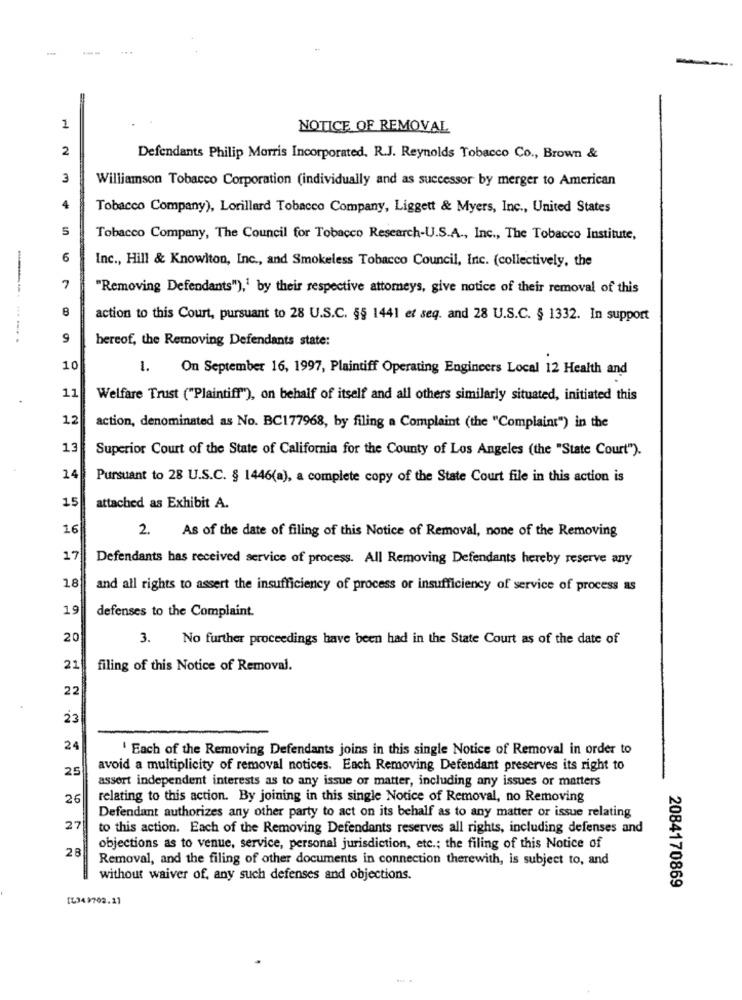
1
NOTICE OF REMOVAL
2
Defendants Philip Morris Incorporated. R.J. Reynolds Tobacco Co ., Brown &
3
Williamson Tobacco Corporation (individually and as successor by merger to American
4
Tobacco Company), Lorillard Tobacco Company, Liggett & Myers, Inc ., United States
5
Tobacco Company, The Council for Tobacco Research-U.S.A ., Inc ., The Tobacco Institute,
6
Inc ., Hill & Knowlton, Inc ., and Smokeless Tobacco Council, Inc. (collectively, the
7
"Removing Defendants"),' by their respective attorneys, give notice of their removal of this
--.
B
action to this Court, pursuant to 28 U.S.C. §§ 1441 et seq. and 28 U.S.C. § 1332. In support
...
9
bereof, the Removing Defendants state:
10
1.
On September 16, 1997, Plaintiff Operating Engineers Local 12 Health and
11
Welfare Trust ("Plaintiff"), on behalf of itself and all others similarly situated, initiated this
12
action, denominated as No. BC177968, by filing a Complaint (the "Complaint") in the
13
Superior Court of the State of California for the County of Los Angeles (the "State Court").
24
Pursuant to 28 U.S.C. § 1446(a), a complete copy of the State Court file in this action is
15
attached as Exhibit A.
16
2. As of the date of filing of this Notice of Removal, none of the Removing
17
Defendants has received service of process. All Removing Defendants hereby reserve any
18
and all rights to assert the insufficiency of process or insufficiency of service of process as
19
defenses to the Complaint.
20
3.
No further proceedings have been had in the State Court as of the date of
21
filing of this Notice of Removal.
22
23
24
' Each of the Removing Defendants joins in this single Notice of Removal in order to
25
avoid a multiplicity of removal notices. Each Removing Defendant preserves its right to
assort independent interests as to any issue or matter, including any issues or matters
26
relating to this action. By joining in this single Notice of Removal, no Removing
Defendant authorizes any other party to act on its behalf as to any matter or issue relating
27
to this action. Each of the Removing Defendants reserves all rights, including defenses and
28
objections as to venue, service, personal jurisdiction, etc .; the filing of this Notice of
Removal, and the filing of other documents in connection therewith, is subject to, and
without waiver of, any such defenses and objections.
2084170869